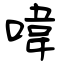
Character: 喡